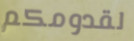
لقدومكم